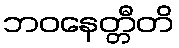
ဘဝနေတ္တီတိ